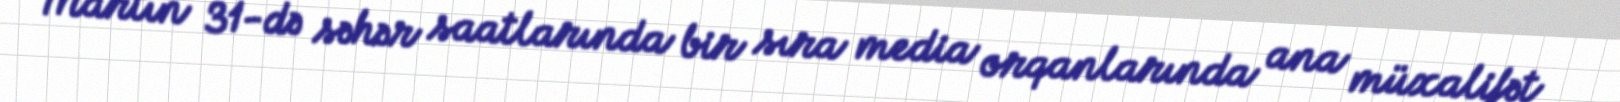
Martın 31-də səhər saatlarında bir sıra media orqanlarında ana müxalifət